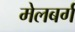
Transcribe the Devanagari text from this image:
मेलबर्ग